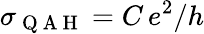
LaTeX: \sigma_{\mathrm{~Q~A~H~}}=C\, e^{2}/h